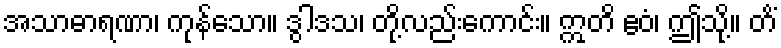
အသာဓာရဏာ၊ ကုန်သော။ ဒွါဒသ၊ တို့လည်းကောင်း။ ဣတိ ဧဝံ၊ ဤသို့။ တိံ